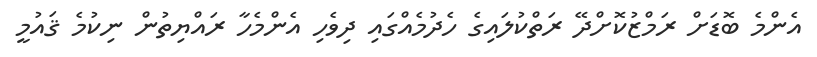
އެންމެ ބޮޑަށް ރަމްޒުކޮށްދޭ ރަތްކުލައިގެ ހެދުމެއްގައި ދިވެހި އެންމެހާ ރައްޔިތުން ނިކުމެ ޤައުމީ